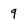
Character: 9